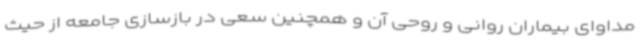
مداوای بیماران روانی و روحی آن و همچنین سعی در بازسازی جامعه از حیث